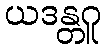
ယဒန္တဂူ